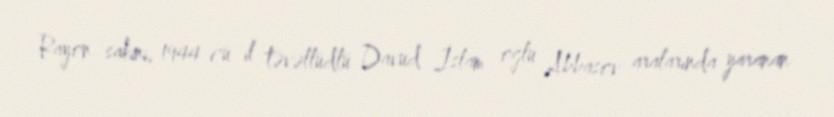
Rayon sakini, 1944-cü il təvəllüdlü Davud İslam oğlu Abbasov aralarında yaranan